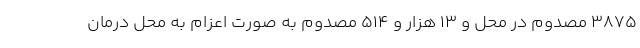
۳۸۷۵ مصدوم در محل و ۱۳ هزار و ۵۱۴ مصدوم به صورت اعزام به محل درمان